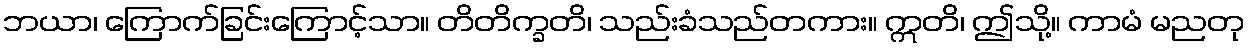
ဘယာ၊ ကြောက်ခြင်းကြောင့်သာ။ တိတိက္ခတိ၊ သည်းခံသည်တကား။ ဣတိ၊ ဤသို့။ ကာမံ မညတု